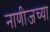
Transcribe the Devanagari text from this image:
नाणीजच्या